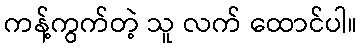
ကန့်ကွက်တဲ့ သူ လက် ထောင်ပါ။